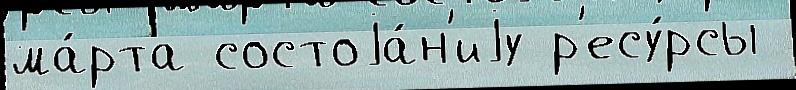
ма́рта состоjа́н'иjу р'есу́рсы